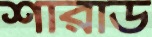
শারাড